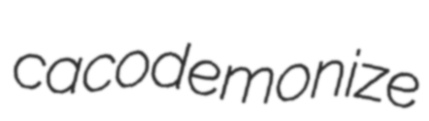
cacodemonize